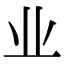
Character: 业